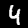
Label: 4